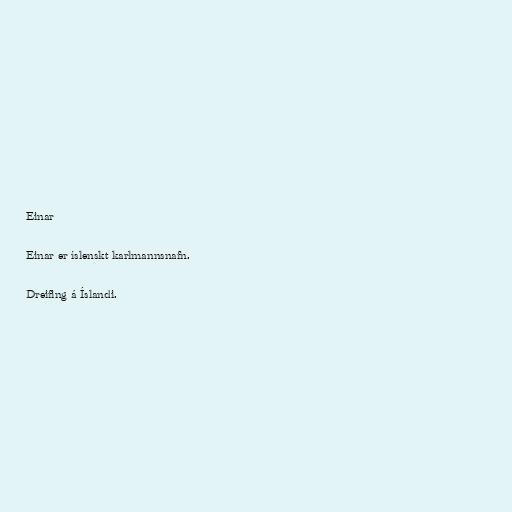
Einar

Einar er íslenskt karlmannsnafn.

Dreifing á Íslandi.